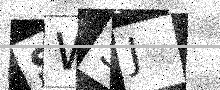
Text: SW5J